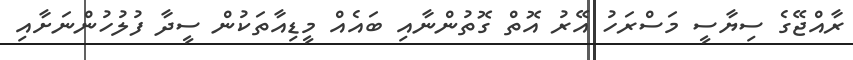
ރާއްޖޭގެ ސިޔާސީ މަސްރަހު އޭރު އޮތް ގޮތުންނާއި ބައެއް މީޑިއާތަކުން ސީދާ ފުލުހުންނަށާއި